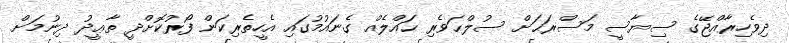
ދިވެހިރާއްޖޭގެ ސިޔާސީ މަސްރަޙަށް ސުލްޙަވެރި ޙައްލެއް ގެނައުމުގައި އެހީތެރިކަން ފޯރުކޮށްދީ ތާޢީދު ދިނުމަށް